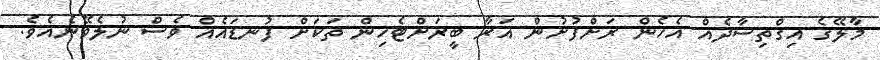
މާލޭގެ އިގްތިސާދެއް އެހެން ރަށްފުށުން އަރާ ބީރަށްޓެހިން ތަކަށް ފުނޑައެއް ވެސް ނުލެވޭނެއެވެ.